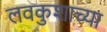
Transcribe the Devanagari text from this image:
लवकुशाच्या